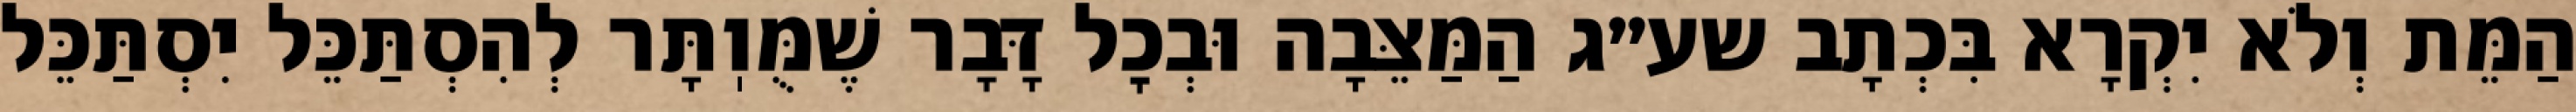
הַמֵּת וְלֹא יִקְרָא בִּכְתָב שע״ג הַמַּצֵּבָה וּבְכׇל דָּבָר שֶׁמֻּוֽתָּר לְהִסְתַּכֵּל יִסְתַּכֵּל